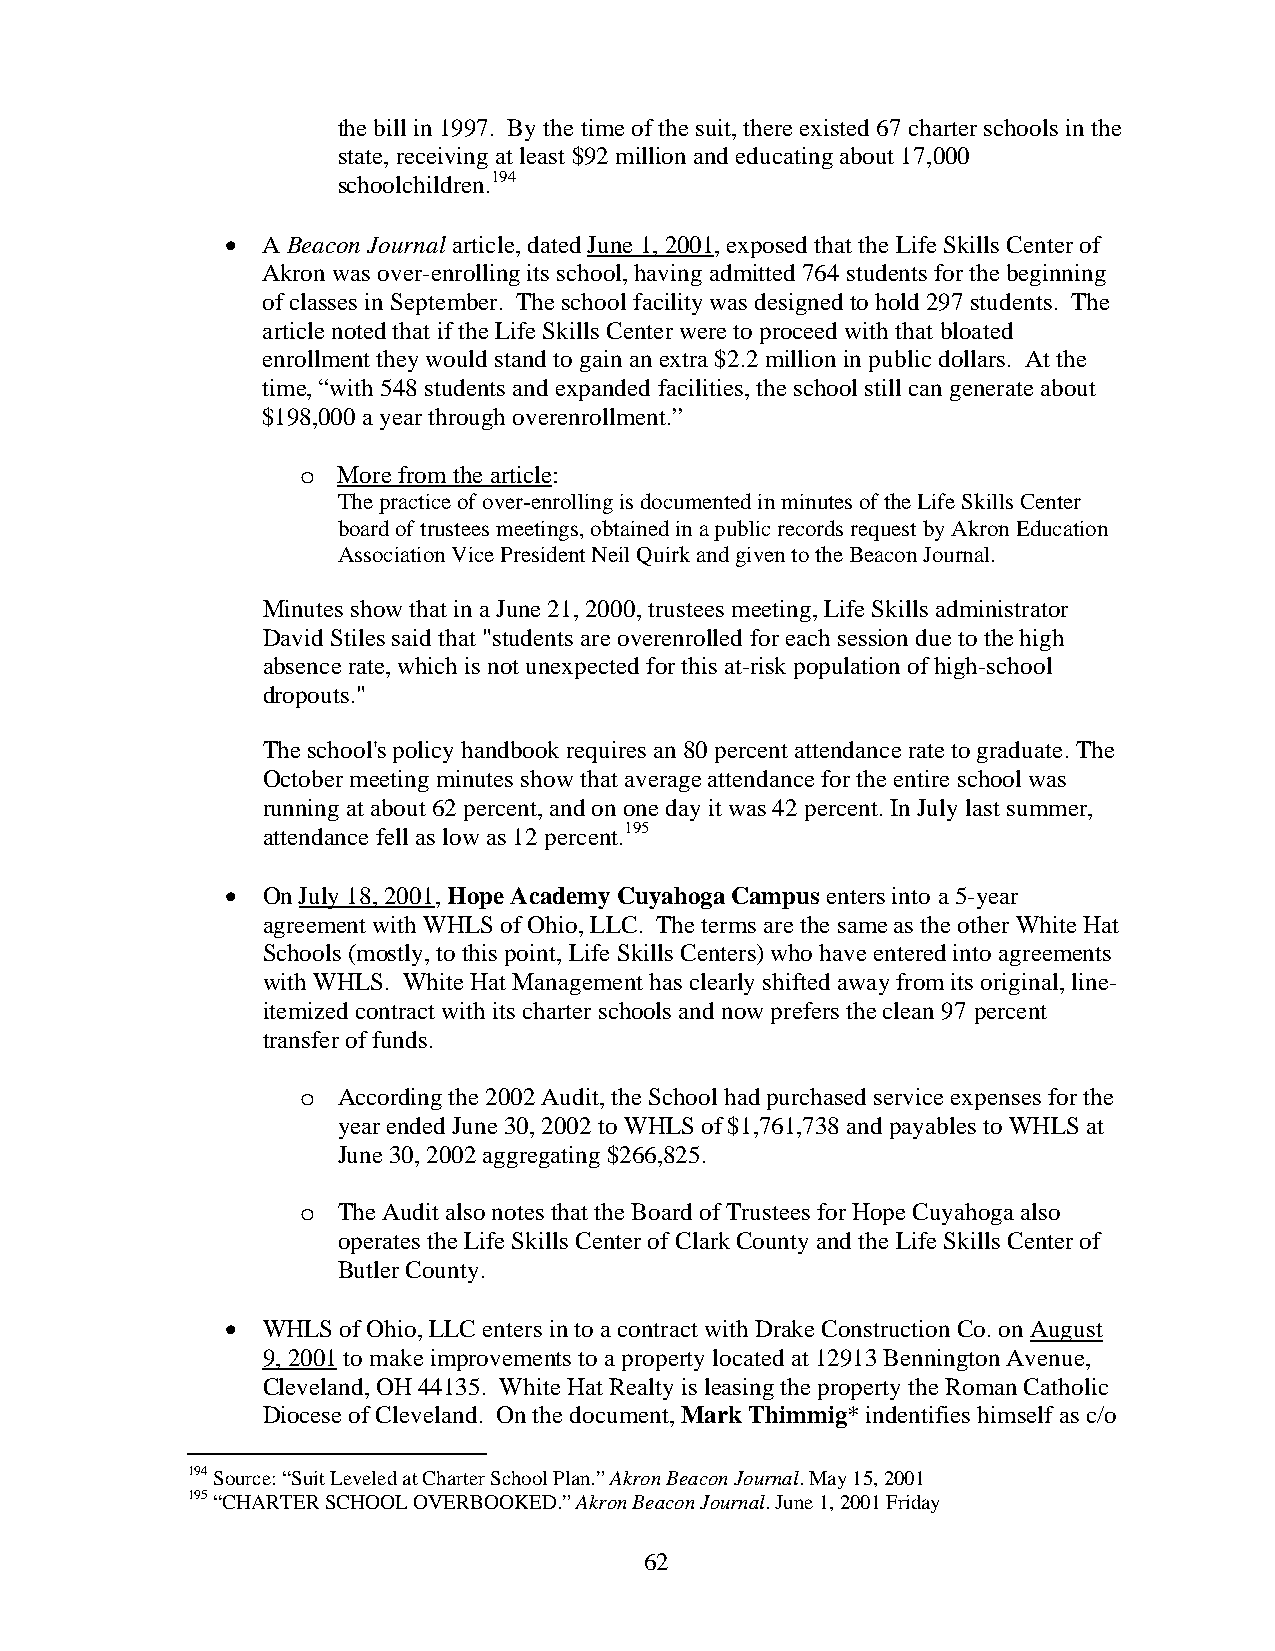
the bill in 1997. By the time of the suit, there existed 67 charter schools in the
 state, receiving at least $92 million and educating about 17,000
 schoolchildren.194
 • A Beacon Journal article, dated June 1, 2001, exposed that the Life Skills Center of
 Akron was over-enrolling its school, having admitted 764 students for the beginning
 of classes in September. The school facility was designed to hold 297 students. The
 article noted that if the Life Skills Center were to proceed with that bloated
 enrollment they would stand to gain an extra $2.2 million in public dollars. At the
 time, “with 548 students and expanded facilities, the school still can generate about
 $198,000 a year through overenrollment.”
 o More from the article:
 The practice of over-enrolling is documented in minutes of the Life Skills Center
 board of trustees meetings, obtained in a public records request by Akron Education
 Association Vice President Neil Quirk and given to the Beacon Journal.
 Minutes show that in a June 21, 2000, trustees meeting, Life Skills administrator
 David Stiles said that "students are overenrolled for each session due to the high
 absence rate, which is not unexpected for this at-risk population of high-school
 dropouts."
 The school's policy handbook requires an 80 percent attendance rate to graduate. The
 October meeting minutes show that average attendance for the entire school was
 running at about 62 percent, and on one day it was 42 percent. In July last summer,
 attendance fell as low as 12 percent.195
 • On July 18, 2001, Hope Academy Cuyahoga Campus enters into a 5-year
 agreement with WHLS of Ohio, LLC. The terms are the same as the other White Hat
 Schools (mostly, to this point, Life Skills Centers) who have entered into agreements
 with WHLS. White Hat Management has clearly shifted away from its original, line-
 itemized contract with its charter schools and now prefers the clean 97 percent
 transfer of funds.
 o According the 2002 Audit, the School had purchased service expenses for the
 year ended June 30, 2002 to WHLS of $1,761,738 and payables to WHLS at
 June 30, 2002 aggregating $266,825.
 o The Audit also notes that the Board of Trustees for Hope Cuyahoga also
 operates the Life Skills Center of Clark County and the Life Skills Center of
 Butler County.
 • WHLS of Ohio, LLC enters in to a contract with Drake Construction Co. on August
 9, 2001 to make improvements to a property located at 12913 Bennington Avenue,
 Cleveland, OH 44135. White Hat Realty is leasing the property the Roman Catholic
 Diocese of Cleveland. On the document, Mark Thimmig* indentifies himself as c/o
 194 Source: “Suit Leveled at Charter School Plan.” Akron Beacon Journal. May 15, 2001
 195 “CHARTER SCHOOL OVERBOOKED.” Akron Beacon Journal. June 1, 2001 Friday
 62